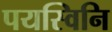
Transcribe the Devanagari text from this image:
पयस्विनि